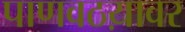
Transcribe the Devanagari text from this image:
पाणवठय़ावर